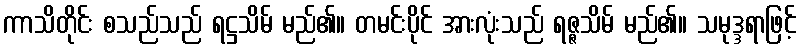
ကာသိတိုင်း စသည်သည် ရဋ္ဌသိမ် မည်၏။ တမင်းပိုင် အားလုံးသည် ရဇ္ဇသိမ် မည်၏။ သမုဒ္ဒရာဖြင့်